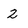
Character: 2